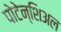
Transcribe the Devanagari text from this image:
पोटेन्शिअल